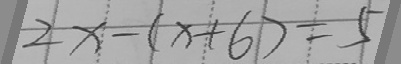
2 x - ( x + 6 ) = 5